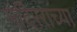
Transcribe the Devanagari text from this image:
मंदिरराच्या